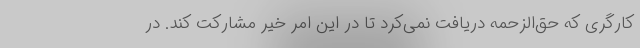
کارگری که حق‌الزحمه دریافت نمی‌کرد تا در این امر خیر مشارکت کند. در